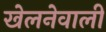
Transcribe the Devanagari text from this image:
खेलनेवाली